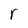
Character: r